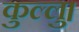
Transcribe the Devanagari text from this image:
कुल्‍लु।